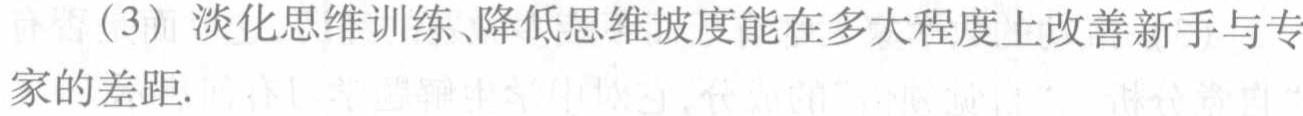
（3）淡化思维训练、降低思维坡度能在多大程度上改善新手与专家的差距.